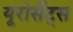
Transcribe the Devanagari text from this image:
यूरोसेंट्स